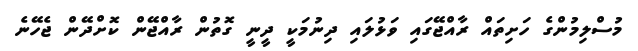
މުސްލިމުންގެ ހަށިތައް ރާއްޖޭގައި ވަޅުލައި ދިނުމަކީ ދީނީ ގޮތުން ރާއްޖޭން ކޮށްދޭން ޖެހޭނެ